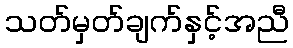
သတ်မှတ်ချက်နှင့်အညီ